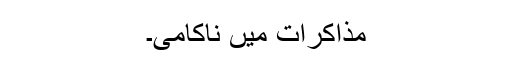
مذاکرات میں ناکامی۔